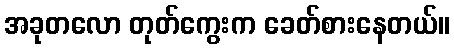
အခုတလော တုတ်ကွေးက ခေတ်စားနေတယ်။